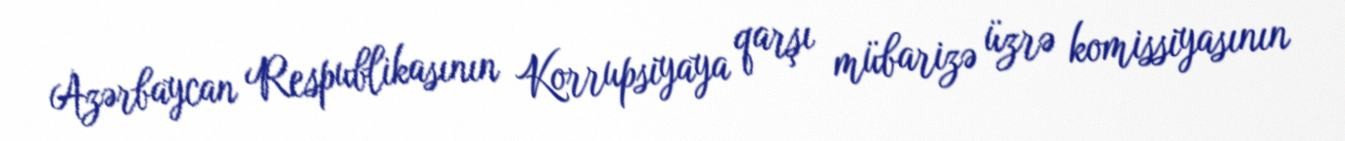
Azərbaycan Respublikasının Korrupsiyaya qarşı mübarizə üzrə komissiyasının